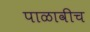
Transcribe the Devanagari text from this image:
पाळावीच